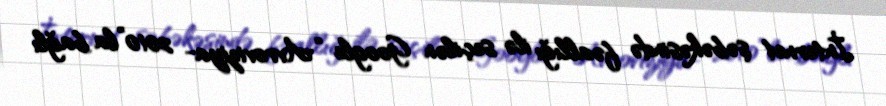
İnternet şəbəkəsində fəallığı ilə seçilən Google “Avroviziya- 2010”la bağlı